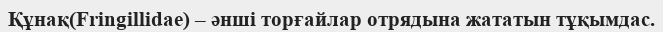
Құнақ(Frіngіllіdae) – әнші торғайлар отрядына жататын тұқымдас.